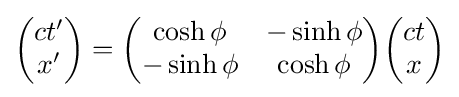
{\begin{pmatrix}ct'\\x'\end{pmatrix}}={\begin{pmatrix}\cosh \phi &-\sinh \phi \\-\sinh \phi &\cosh \phi \end{pmatrix}}{\begin{pmatrix}ct\\x\end{pmatrix}}